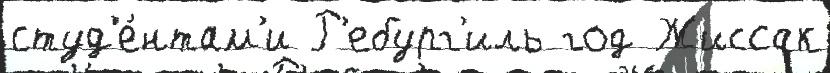
студ'е́нтам'и Р'ебург'иль год Жиссак